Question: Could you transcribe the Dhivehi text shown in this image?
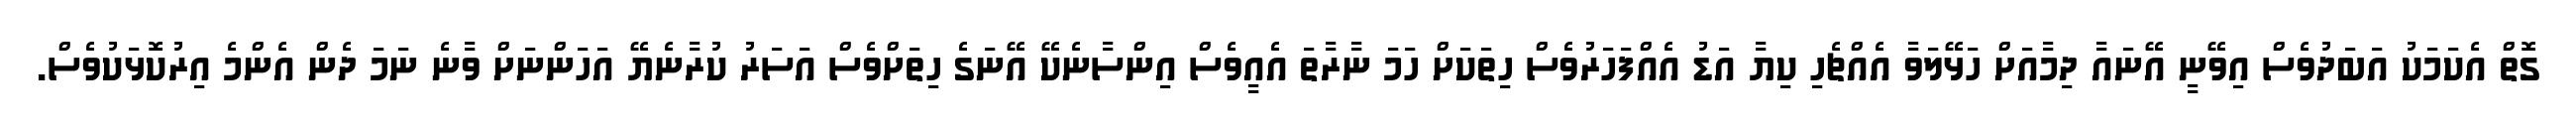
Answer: ގޮތް އެކަމަކު އަބަދުވެސް އިވޭނީ އޭނައާ ދިމާއަށް ހަޅޭލަވާ އެއްޗެހި ކިޔާ އަޑު އެއްފަހަރުވެސް ހިތަކަށް ހަމަ ނާރާތަ އެއީވެސް އިންސާނެކޭ އޭނަގެ ހިތަށްވެސް އަސަރު ކުރާނެޔޭ އަހަންނަށް ވާނެ ނަމަ ދެން އެންމެ އިރުކޮޅަކުވެސް.